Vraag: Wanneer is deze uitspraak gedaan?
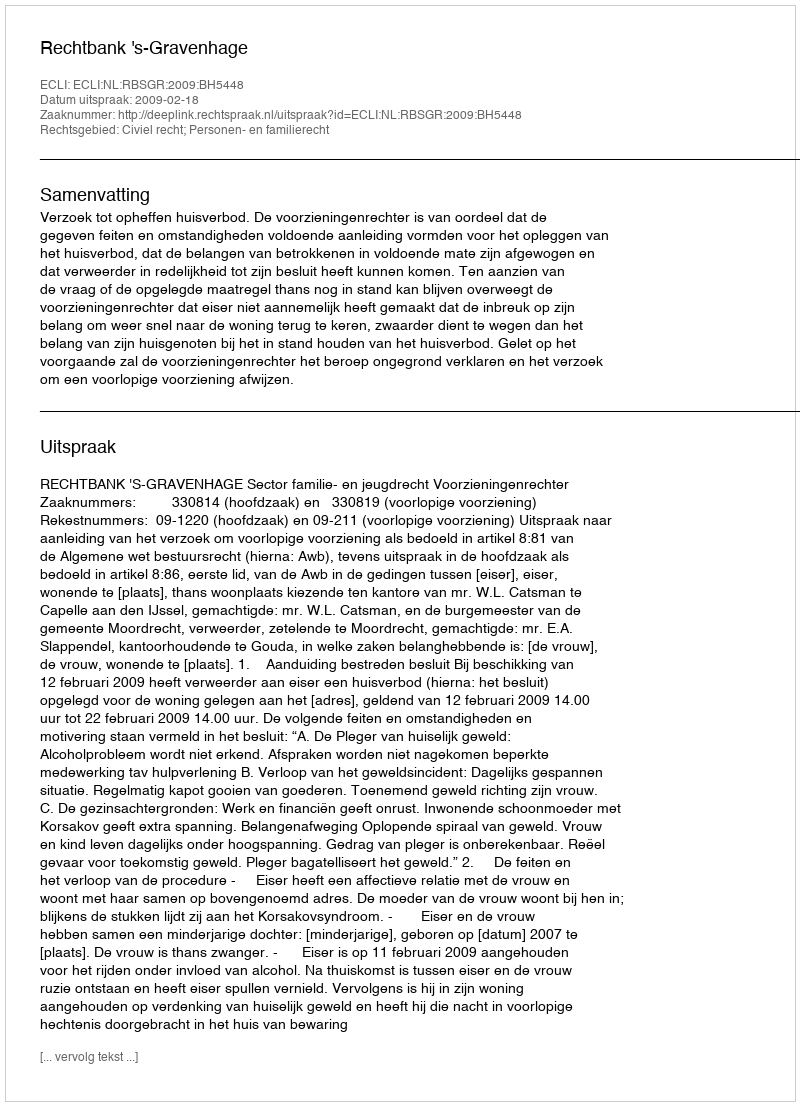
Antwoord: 2009-02-18